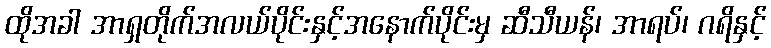
ထိုအခါ အာရှတိုက်အလယ်ပိုင်းနှင့်အနောက်ပိုင်းမှ ဆီသီယန်၊ အာရပ်၊ ဂရိနှင့်